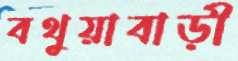
বথুয়াবাড়ী